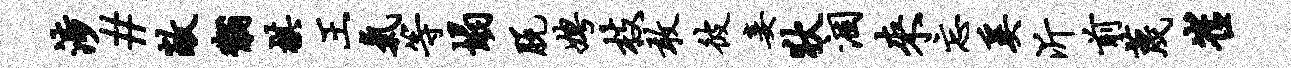
涉#敞黼棋王气等塌脱娉枝敢彼妾狄涸来忘奚沂前蔑崔